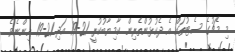
މި މެޗުގެ ސެޓުތައް އެ ދެކުޅުންތެރިން ކާމިޔާބުކުރީ 21-19 އަދި 21-19 އިންނެވެ.